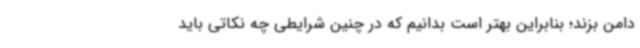
دامن بزند؛ بنابراین بهتر است بدانیم که در چنین شرایطی چه نکاتی باید